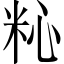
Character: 𥹀